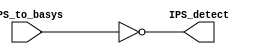
`timescale 1ns / 1ps

module IPS(
    input IPS_to_basys, 
    output reg IPS_detect
    );
    always @(*) begin
        IPS_detect= ~IPS_to_basys;
    end
endmodule